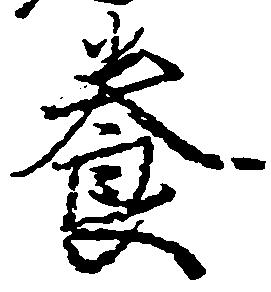
養